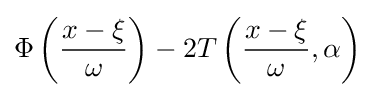
\Phi \left({\frac {x-\xi }{\omega }}\right)-2T\left({\frac {x-\xi }{\omega }},\alpha \right)